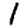
Digit: 1